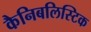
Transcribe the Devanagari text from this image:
कैनिबलिस्टिक